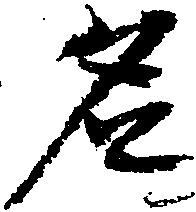
名